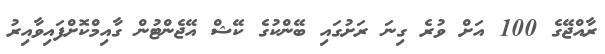
ރާއްޖޭގެ 100 އަށް ވުރެ ގިނަ ރަށުގައި ބޭންކުގެ ކޭޝް އޭޖެންޓުން ގާއިމްކޮށްފައިވާއިރު